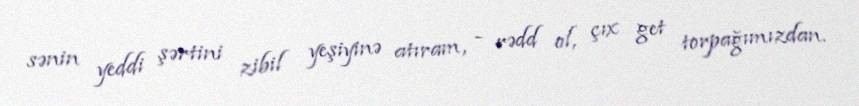
sənin yeddi şərtini zibil yeşiyinə atıram, - rədd ol, çıx get torpağımızdan.